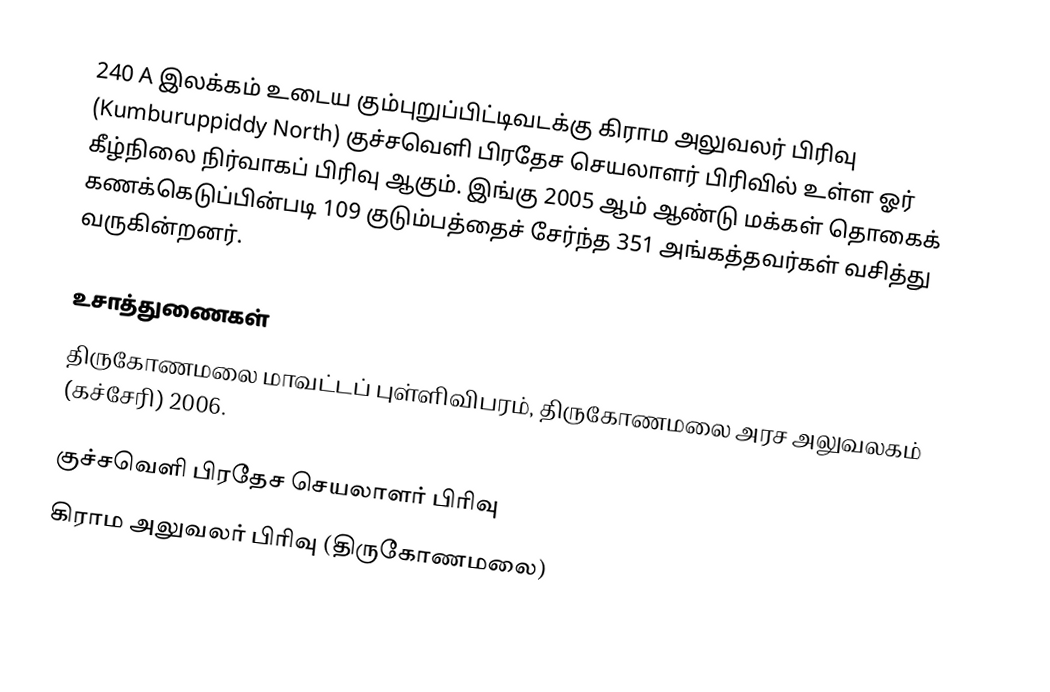
240 A இலக்கம்  உடைய கும்புறுப்பிட்டிவடக்கு கிராம அலுவலர் பிரிவு  (Kumburuppiddy North) குச்சவெளி பிரதேச செயலாளர் பிரிவில் உள்ள ஓர் கீழ்நிலை நிர்வாகப் பிரிவு ஆகும். இங்கு 2005 ஆம் ஆண்டு மக்கள் தொகைக் கணக்கெடுப்பின்படி 109 குடும்பத்தைச் சேர்ந்த 351 அங்கத்தவர்கள் வசித்து வருகின்றனர்.

உசாத்துணைகள்
திருகோணமலை மாவட்டப் புள்ளிவிபரம்,  திருகோணமலை அரச அலுவலகம் (கச்சேரி) 2006.

குச்சவெளி பிரதேச செயலாளர் பிரிவு
கிராம அலுவலர் பிரிவு (திருகோணமலை)